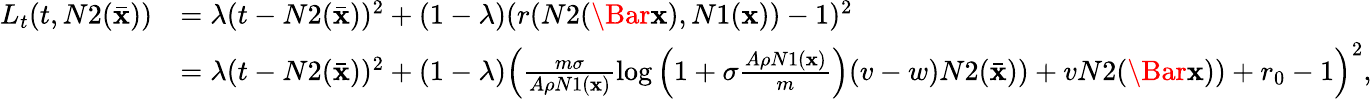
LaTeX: \begin{array}{rl}{L_{t}(t,N2(\bar{\mathbf{x}}))}&{=\lambda(t-N2(\bar{\mathbf{x}}))^{2}+(1-\lambda)(r(N2(\Bar{\mathbf{x}}),N1(\textbf{x}))-1)^{2}}\\ &{=\lambda(t-N2(\bar{\mathbf{x}}))^{2}+(1-\lambda)\left(\frac{m\sigma}{A\rho N1(\textbf{x})}\log\left(1+\sigma\frac{A\rho N1(\textbf{x})}{m}\right)(v-w)N2(\bar{\mathbf{x}}))+vN2(\Bar{\mathbf{x}}))+r_{0}-1\right)^{2},}\end{array}